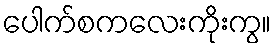
ပေါက်စကလေးကိုးကွ။